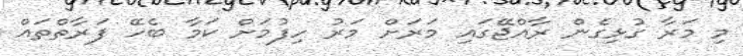
މި މަރާ ގުޅިގެން ރާއްޖޭގައި މަރަށް މަރު ހިފުމަށް ކަމާ ބެހޭ ފަރާތްތައް